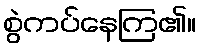
စွဲကပ်နေကြ၏။